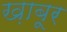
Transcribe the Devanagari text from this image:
ख़ाबूर